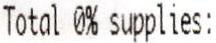
TOTAL 0% SUPPLIES: